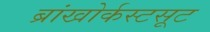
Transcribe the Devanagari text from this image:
ब्रांखोर्कस्टसूट